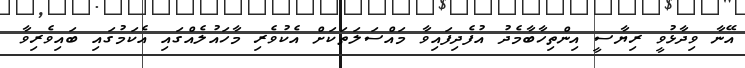
އޭނާ ވިދާޅުވީ ރިޔާސީ އިންތިހާބާމެދު އުފެދިފައިވާ މައްސަލަތަކަށް އެކުވެރި މާހައުލެއްގައި އެކަމުގައި ބައިވެރިވާ